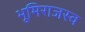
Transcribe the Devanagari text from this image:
भूमिराजस्व